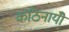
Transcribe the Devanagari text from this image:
कठिनायीँ